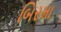
બિરમા